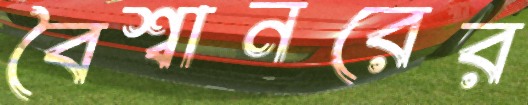
বৈশ্বানরের